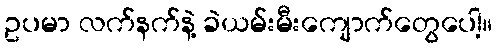
ဥပမာ လက်နက်နဲ့ ခဲယမ်းမီးကျောက်တွေပေါ့။